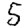
Digit: 5